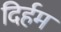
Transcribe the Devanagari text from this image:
दिर्हम